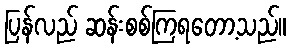
ပြန်လည် ဆန်းစစ်ကြရတော့သည်။